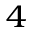
^ 4